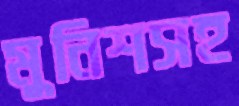
মুনিশসহ